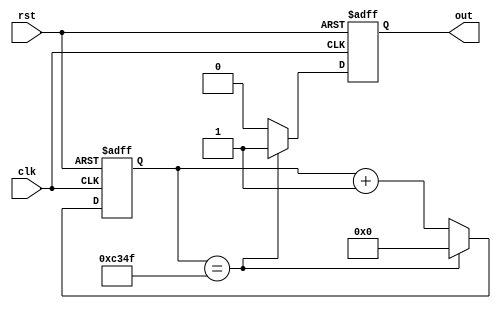
module periodic_timer(
    input wire clk,
    input wire rst,
    output reg out
);

reg [31:0] counter;
parameter PERIOD = 50000; // specify time period here

always @ (posedge clk or posedge rst) begin
    if (rst) begin
        counter <= 0;
        out <= 0;
    end else begin
        if (counter == PERIOD - 1) begin
            counter <= 0;
            out <= 1;
        end else begin
            counter <= counter + 1;
            out <= 0;
        end
    end
end

endmodule